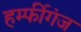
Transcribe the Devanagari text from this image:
हर्म्फीगंज